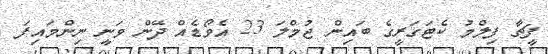
ފީޗާ ފިލްމު ކެޓަގަރީގެ ބައިން ޖުމްލަ 23 އެވޯޑެއް ދޭން ވަނީ ނިންމައިފަ